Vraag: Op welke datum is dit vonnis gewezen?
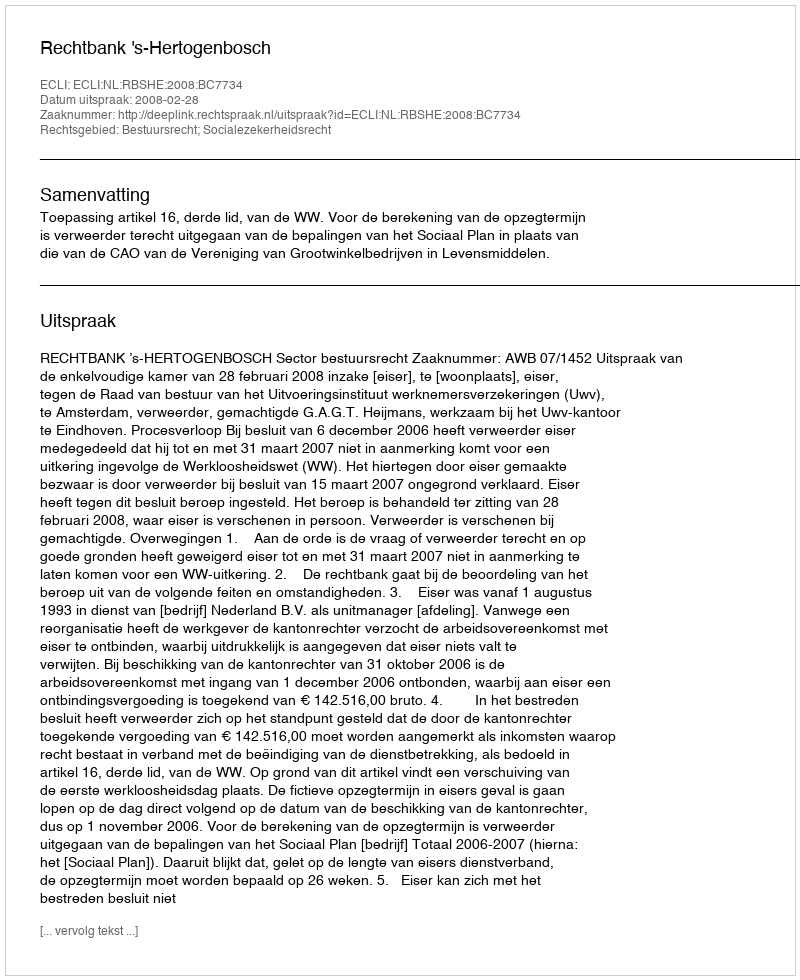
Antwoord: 2008-02-28